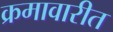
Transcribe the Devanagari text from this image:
क्रमावारीत